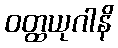
ဝတ္ထယုဂါနိ